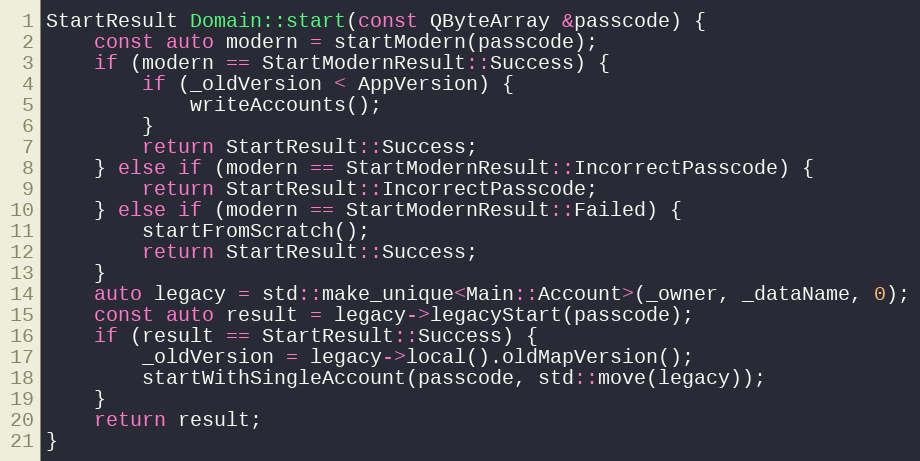
Language: C++
StartResult Domain::start(const QByteArray &passcode) {
	const auto modern = startModern(passcode);
	if (modern == StartModernResult::Success) {
		if (_oldVersion < AppVersion) {
			writeAccounts();
		}
		return StartResult::Success;
	} else if (modern == StartModernResult::IncorrectPasscode) {
		return StartResult::IncorrectPasscode;
	} else if (modern == StartModernResult::Failed) {
		startFromScratch();
		return StartResult::Success;
	}
	auto legacy = std::make_unique<Main::Account>(_owner, _dataName, 0);
	const auto result = legacy->legacyStart(passcode);
	if (result == StartResult::Success) {
		_oldVersion = legacy->local().oldMapVersion();
		startWithSingleAccount(passcode, std::move(legacy));
	}
	return result;
}